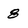
Character: 8